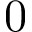
0